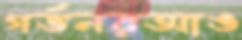
গর্ভনরআঙ